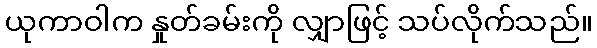
ယုကာဝါက နှုတ်ခမ်းကို လျှာဖြင့် သပ်လိုက်သည်။